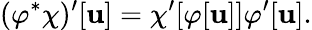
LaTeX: (\varphi^{*}\chi)^{\prime}[\mathbf{u}]=\chi^{\prime}[\varphi[\mathbf{u}]]\varphi^{\prime}[\mathbf{u}].